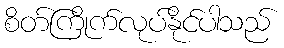
စိတ်ကြိုက်လုပ်နိုင်ပါသည်